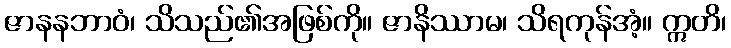
ဇာနနဘာဝံ၊ သိသည်၏အဖြစ်ကို။ ဇာနိဿာမ၊ သိရကုန်အံ့။ ဣတိ၊